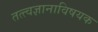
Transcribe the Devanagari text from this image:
तत्त्वज्ञानाविषयक